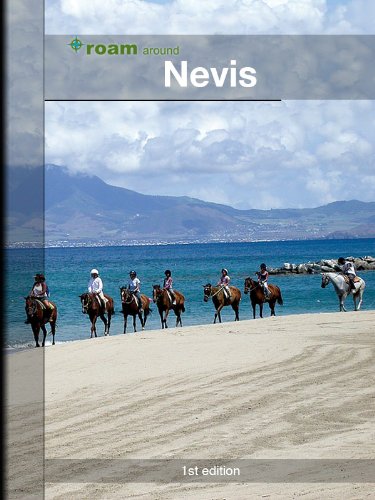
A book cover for roam around Nevis; AR Corbin; Travel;